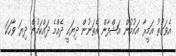
އެވަގުތު އަމީރާ އައުމުން އަޝްފާން އެތަނުން ދިޔައީ ދެއްމެ ދައްކަމުން ދިޔަ ވާހަކަ